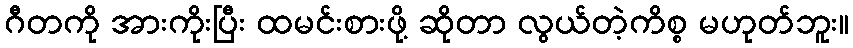
ဂီတကို အားကိုးပြီး ထမင်းစားဖို့ ဆိုတာ လွယ်တဲ့ကိစ္စ မဟုတ်ဘူး။